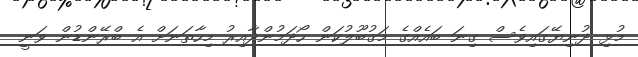
މުޅި ދުނިޔޭގައިވެސް ގިނަ ބައެއްގެ މަޤުބޫލުކަން ހޯދަމުންދާއިރު މިހާތަނަށް އެ ބްރޭންޑުން ވަނީ